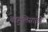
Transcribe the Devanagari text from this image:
बाहुलिसारखे